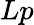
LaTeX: Lp